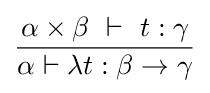
{\frac {\alpha \times \beta ~\vdash ~t:\gamma }{\alpha \vdash \lambda t:\beta \to \gamma }}